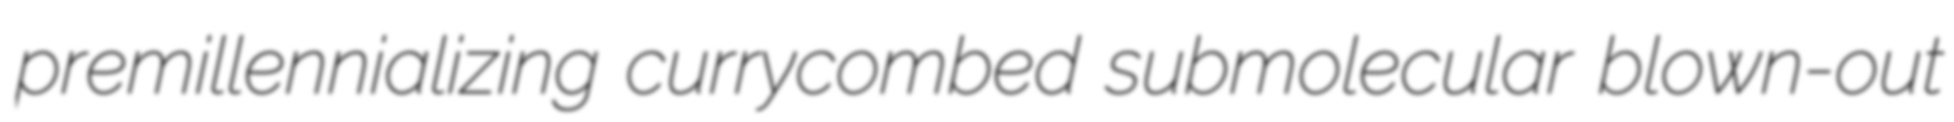
premillennializing currycombed submolecular blown-out